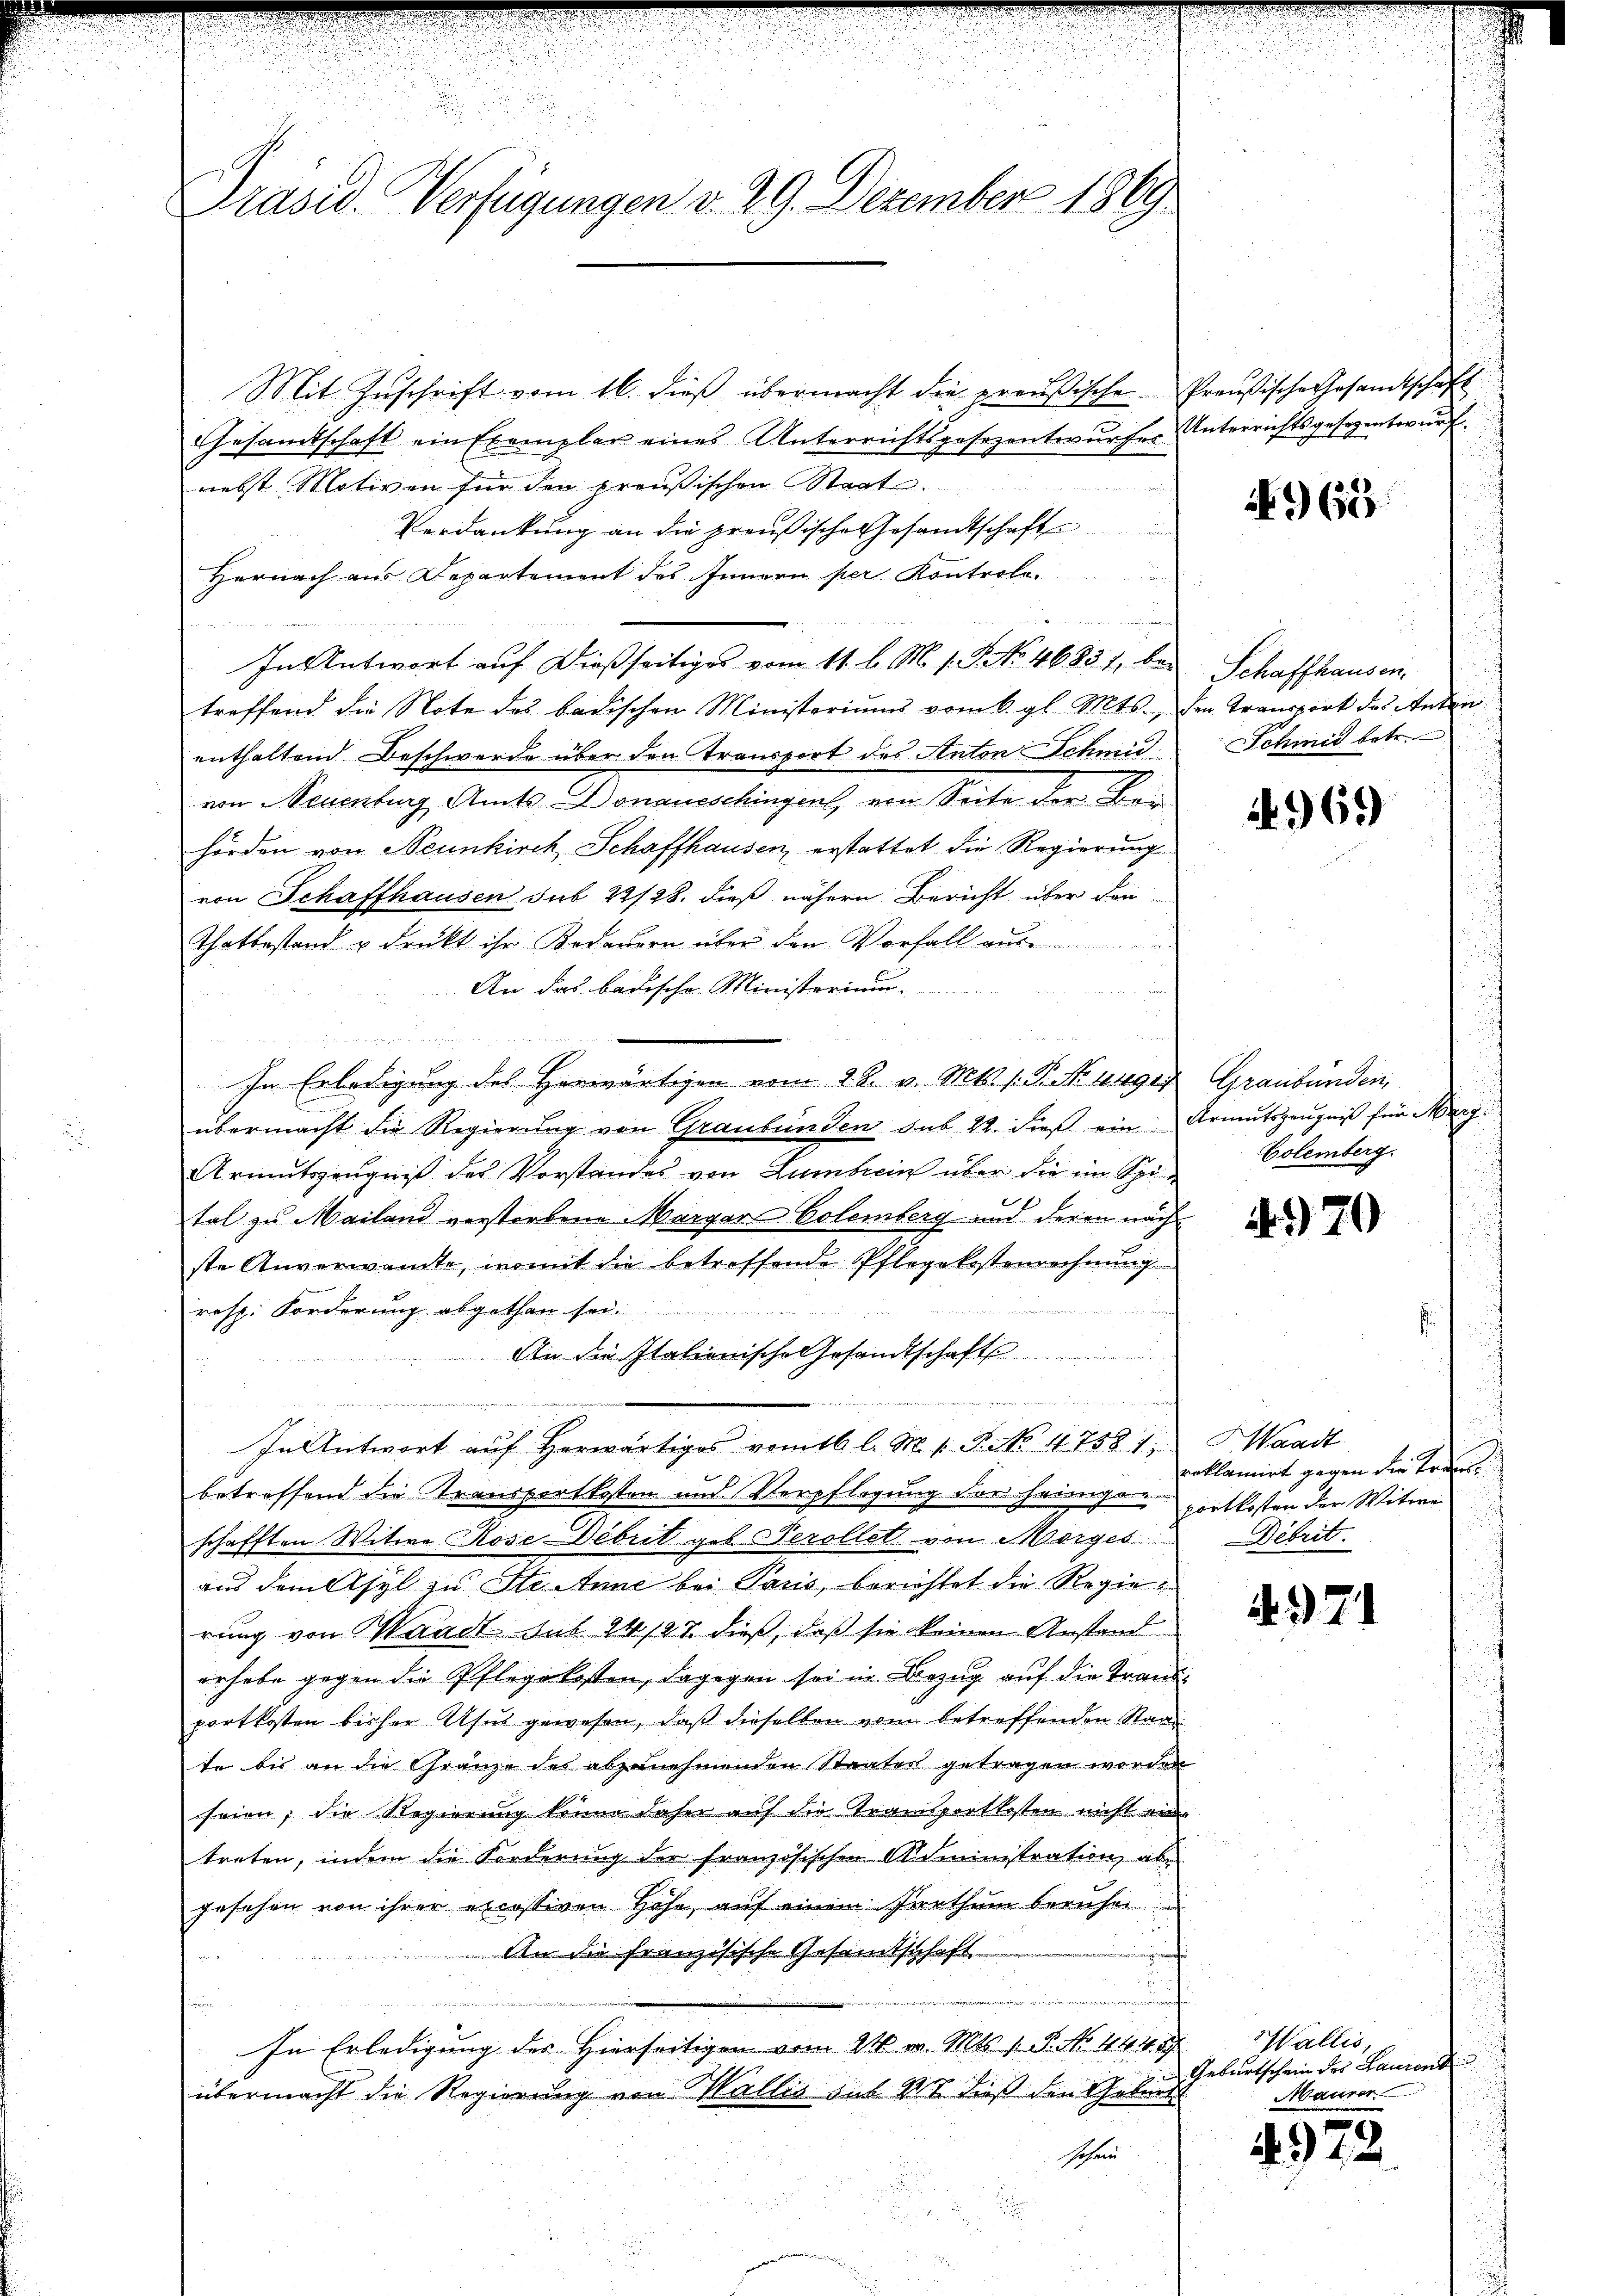
Präsid. Verfügungen v. 29. Dezember 1869.

Mit Zŭschrift vom 16. dieß übermacht die preußische Preußische Gesandtschaft
Gesamtschaft ein Exemplar eines Unterrichtsgesezentwŭrfer Unterrichtsgesezentwŭrf.
nebst Motiven für den preußischen Staat.
Verdankung an die preußische Gesandtschaft
Hernach aus Departement des Innern per Kontrole.
In Antwort auf dießseitiges vom 11. l. M. s. S. No. 46851, bei Schaffhausentreffend die Note des badischen Ministeriums vom 6. gl. Mts., den Transport des Anton
enthaltend Beschwerde über den Transport des Anton Schmid Schmid betr.
von Neuenburg, Amts Donaueschingen, von Seite der Bei
hörden von Neunkirch Schaffhausen, erstattet die Regierung
von Schaffhausen sub 22/28. dieß nähern Bericht über den
Thatbestand u. drückt ihr Bedauern über den Vorfall aus
An das badische Ministerium.
In Erledigung des Herwärtigen vom 28. v. Mts. s. S. No 449. Graubünden,
übermacht die Regierung von Graubünden sub 22. dieß ein Armutszeugniß für Marg¬
Armutszeugniß des Vorstandes von Lumbrin über die ein Spital zu Mailand verstorbene Margare Colemberg und deren nach
ste Unverwandte, womit die betreffende Pflegekostenrechnung
resp. Forderung abgethan sei.
An die Italienische Gesandtschafts
nini
In Antwort aŭf herwärtiges vomtb. l. M. 1. P. Nr. 47581, Waadt
betreffend die Transportkosten und Verpflegung der heinigenschafften Witwe Rose Debrit geb. Perollet von Morges
aus dem Asyl zu Steine bei Paus, berichtet die Regierung von Waadt sub 24/27 dieß, daß sie keinen Anstand
erhabe gegen die Pflegekosten, dagegen sei in Bezug auf die Transportkosten bisher Usus gewesen, daß dieselben vom betreffenden Staate bis an die Gränze des abzunehmenden Staater getragen worden
seien; die Regierung könne daher auf die Transportkosten nicht eintreten, indem die Forderung der französischen Administration, abe
gesehen von ihrer excessiven Höhe, auf einem Parthum beruhen
An die französische Gesamtschaft
h
u
In Erledigung des Hierseitigen vom 24. v. Mts. 1 P. No. 444. 89
übermacht die Regierung von Wallis aus 11 Fuß den Gebunde
Gehein

65

4969

Colemberg.

4970

¬
reklamirt gegen die Kreis
portkosten der Witwe
Debrit.

4. 371

Wallis,
Geburtschein des Laurens
Maurer

4972.